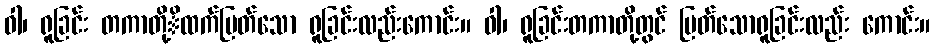
ဝါ၊ ရူခြင်း တကာတို့ိထက်မြတ်သော ရူခြင်းလည်းကောင်း။ ဝါ၊ ရူခြင်းတကာတို့တွင် မြတ်သောရူခြင်းလည်း ကောင်း။